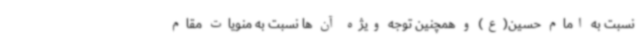
نسبت به امام حسین(ع) و همچنین توجه ویژه آن ها نسبت به منویات مقام